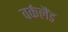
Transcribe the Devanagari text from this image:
वर्कलैंड